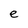
Character: e